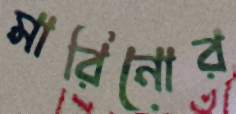
মারিনোর